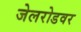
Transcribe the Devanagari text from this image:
जेलरोडवर